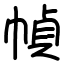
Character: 幀